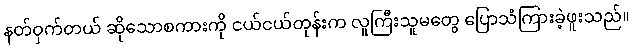
နတ်ဝှက်တယ် ဆိုသောစကားကို ငယ်ငယ်တုန်းက လူကြီးသူမတွေ ပြောသံကြားခဲ့ဖူးသည်။